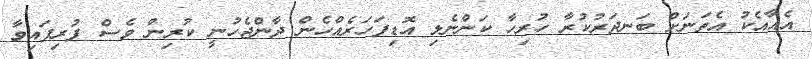
އެއާއެކު އެތަނަށް ބަނދަރުކުރާ ހުރިހާ ކަންނެލި އޮޑިފަހަރެއްހެން ދާންޖެހުނީ ކުރިން ވެސް ފުރިފައިވާ